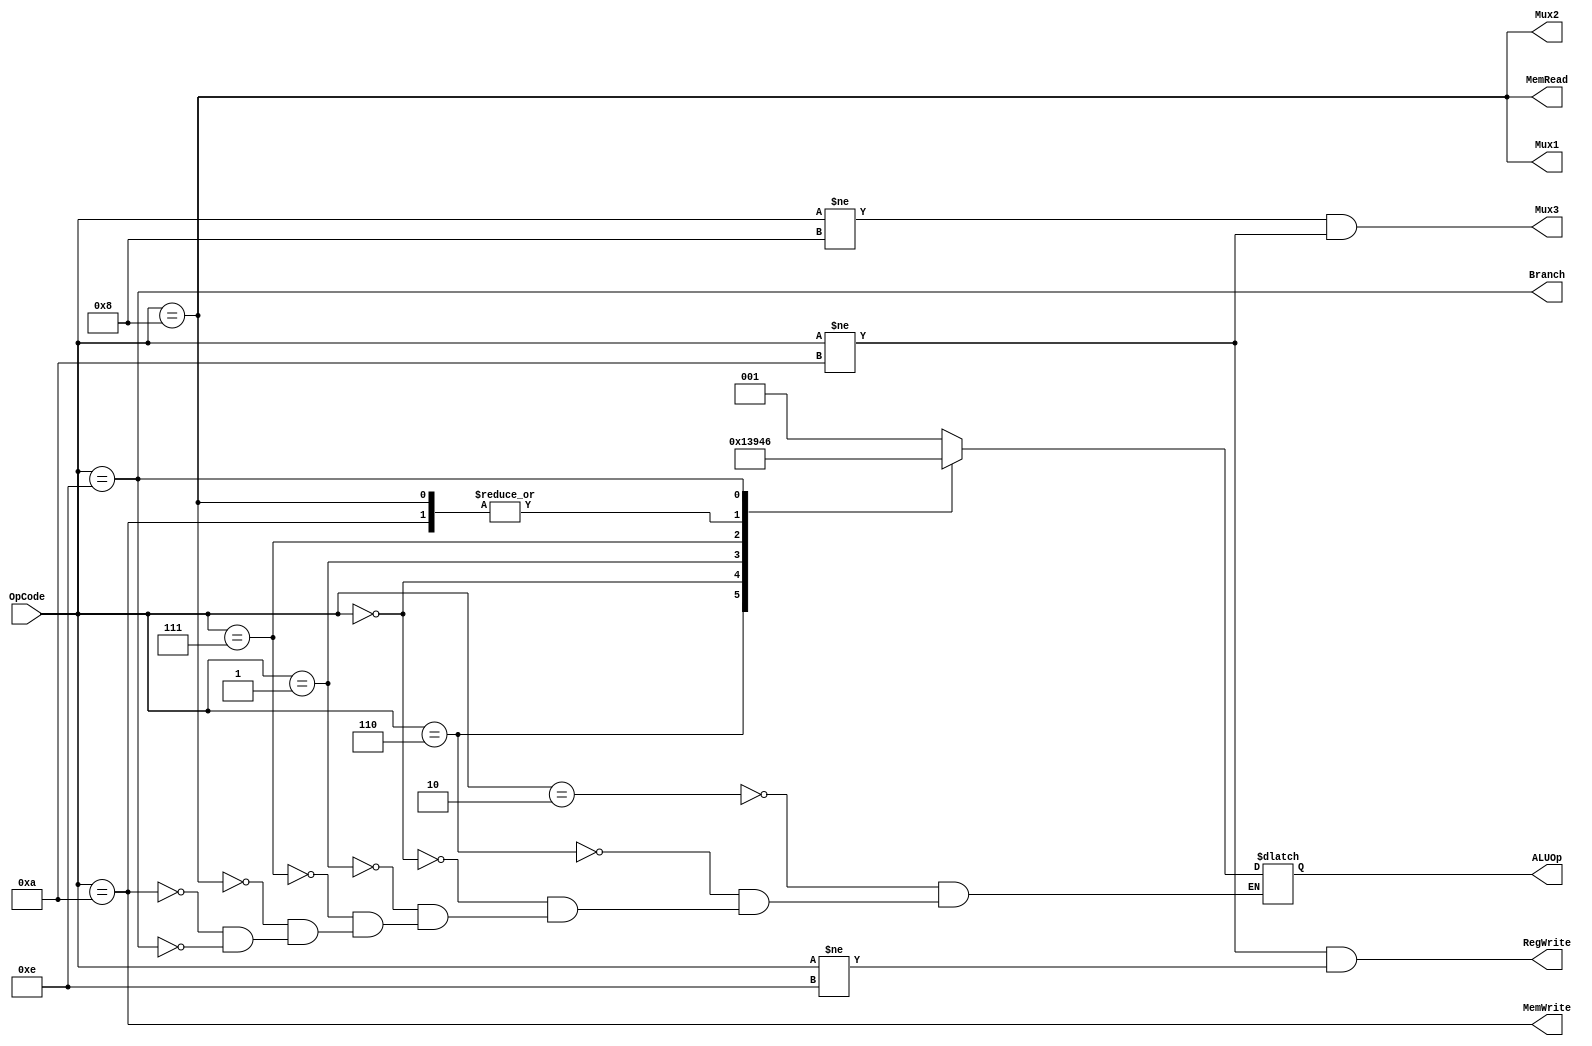
`timescale 1ns / 1ps
//////////////////////////////////////////////////////////////////////////////////
// Company: 
// Engineer: 
// 
// Design Name: 
// Module Name: control
// Project Name: 
// Target Devices: 
// Tool Versions: 
// Description: 
// 
// Dependencies: 
// 
// Revision:
// Revision 0.01 - File Created
// Additional Comments:
// 
//////////////////////////////////////////////////////////////////////////////////


module control(
    input [3:0] OpCode,
    output wire Mux1,Mux2,Mux3,
    output wire Branch,MemRead,MemWrite,
    output wire RegWrite,
    output reg [2:0] ALUOp
    );
    
    parameter ADD = 4'h2, 
              SUB = 4'h6,
              AND = 4'h0,
              OR  = 4'h1,
              SLT = 4'h7,
              LW  = 4'h8,
              SW  = 4'ha,
              BNE = 4'he; 
    
    assign #5 Mux1     = OpCode == LW;
    assign #5 Mux2     = OpCode == LW;
    assign #5 Mux3     = (OpCode != LW) && (OpCode != SW);
    assign #5 Branch   = OpCode == BNE;
    assign #5 MemRead  = OpCode == LW;
    assign #5 MemWrite = OpCode == SW;
    assign #5 RegWrite = (OpCode != SW) && (OpCode != BNE);
    
    always @(*) begin
        #5
        case(OpCode) 
            ADD: ALUOp = 1; 
            SUB: ALUOp = 2; 
            AND: ALUOp = 3; 
            OR : ALUOp = 4;
            SLT: ALUOp = 5;
            LW : ALUOp = 0;
            SW : ALUOp = 0;
            BNE: ALUOp = 6;
        endcase
    end
    
endmodule